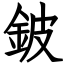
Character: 鈹